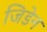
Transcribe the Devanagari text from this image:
जिडेन